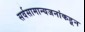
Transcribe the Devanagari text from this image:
सर्वसामान्यजनांकडून